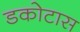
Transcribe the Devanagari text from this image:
डकोटास